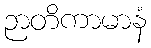
ဉာတိကာမာနံ